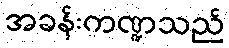
အခန်းကဏ္ဍသည်